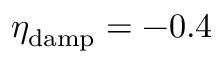
\eta _ { \mathrm { d a m p } } = - 0 . 4